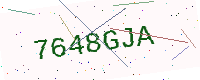
Text: 7648GJA